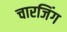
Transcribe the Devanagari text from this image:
चारजिंग